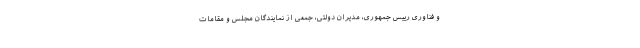
و فناوری رییس جمهوری، مدیران دولتی، جمعی از نمایندگان مجلس و مقامات